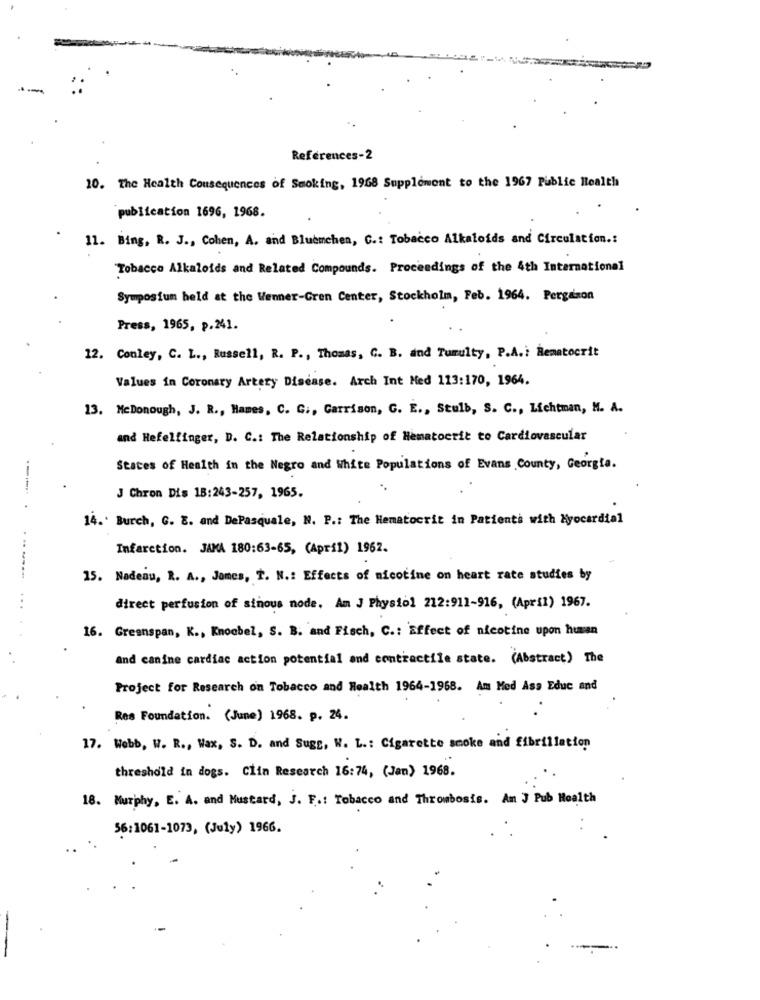
References-2
10. The Health Consequences of Smoking, 1968 Supplement to the 1967 Public Health
publication 1696, 1968.
11. Bing, R. J ., Cohen, A. and Bluemchen, C .: Tobacco Alkaloids and Circulation .:
Tobacco Alkaloids and Related Compounds. Proceedings of the 4th International
Symposium held at the Wenner-Gren Center, Stockholm, Feb. 1964. Pergamon
Press, 1965, p.241.
12. Conley, C. L ., Russell, R. P ., Thomas, C. B. and Tumulty, P.A .: hematocrit
Values in Coronary Artery Disease. Arch Int Med 113:170, 1964.
13. MeDonough, J. R ., Hames, C. G ., Garrison, G. E ., Stulb, S. C ., Lichtman, M. A.
and Hefelfinger, D. C .: The Relationship of Hematocrit to Cardiovascular
States of Health in the Negro and White Populations of Evans County, Georgia.
---.. .
J Chron Dis 18:243-257, 1965.
14 .. Burch, G. E. and DePasquale, N. P .: The Hematocrit in Patients with Myocardial
Infarction. JAMA 180:63-65, (April) 1962.
15. Nadeau, R. A ., James, T. N .: Effects of nicotine on heart rate studies by
direct perfusion of sinous node, Am J Physiol 212:911-916, (April) 1967.
16. Greenspan, K ., Knoobel, S. B. and Fisch, C .: Effect of nicotine upon human
and canine cardiac action potential and contractile state. (Abstract) The
Project for Research on Tobacco and Health 1964-1968. Am Med Asa Educ and
Res Foundation. (June) 1968. p. 24.
17. Webb, W. R ., Wax, S. D. and Sugs, W. L .: Cigarette smoke and fibrillation
threshold in dogs. Clin Research 16:74, (Jan) 1968.
18. Murphy, E. A. and Mustard, J. F .: Tobacco and Thrombosis. Am J Pub Health
56:1061-1073, (July) 1966.